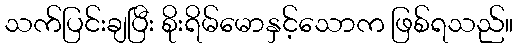
သက်ပြင်းချပြီး စိုးရိမ်မောနှင့်သောက ဖြစ်ရသည်။